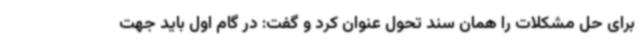
برای حل مشکلات را همان سند تحول عنوان کرد و گفت: در گام اول باید جهت